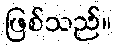
ဖြစ်သည်။